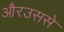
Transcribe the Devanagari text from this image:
औरउससे